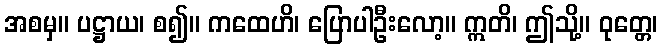
အစမှ။ ပဋ္ဌာယ၊ စ၍။ ကထေဟိ၊ ပြောပါဦးလော့။ ဣတိ၊ ဤသို့။ ဝုတ္တေ၊